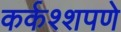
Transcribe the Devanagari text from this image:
कर्कश्शपणे